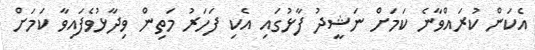
އެކަން ކުރައްވާނެ ކަމަށް ނަޝީދު ފާޅުގައި އެކި ފަހަރު މަތިން ވިދާޅުވެފައިވާ ކަމަށް